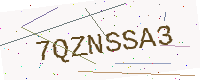
Text: 7QZNSSA3